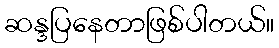
ဆန္ဒပြနေတာဖြစ်ပါတယ်။